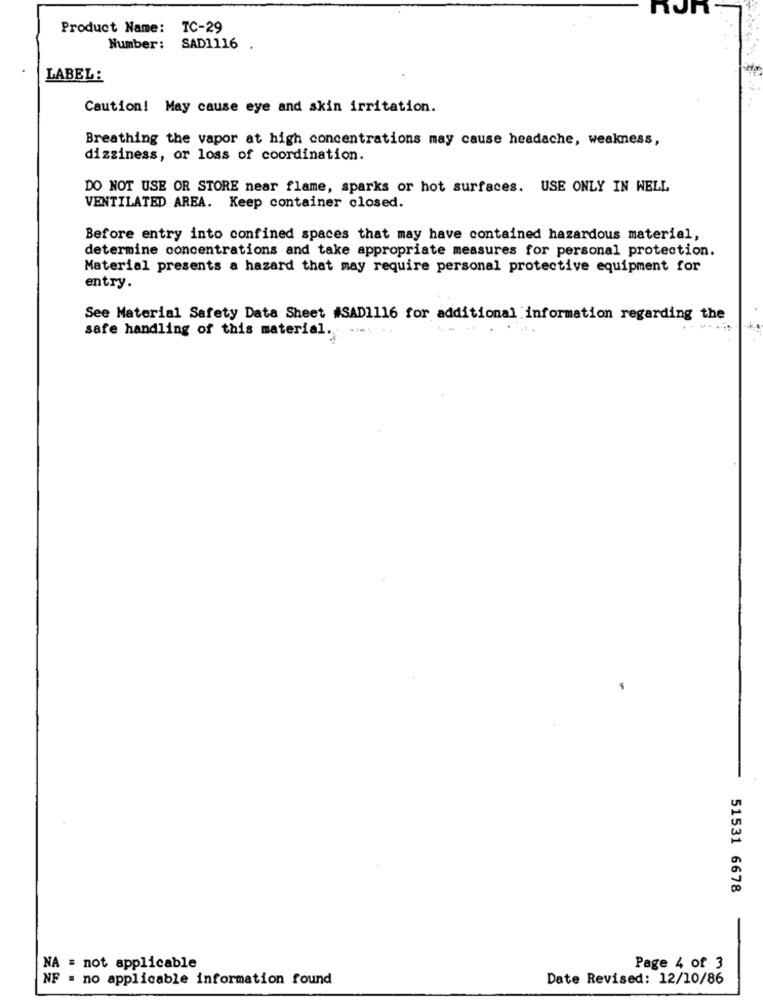
Product Name: TC-29
Number:
SAD1116 .
LABEL:
Caution! May cause eye and skin irritation.
Breathing the vapor at high concentrations may cause headache, weakness,
dizziness, or loss of coordination.
DO NOT USE OR STORE near flame, sparks or hot surfaces. USE ONLY IN WELL
VENTILATED AREA. Keep container closed.
Before entry into confined spaces that may have contained hazardous material,
determine concentrations and take appropriate measures for personal protection.
Material presents a hazard that may require personal protective equipment for
entry.
See Material Safety Data Sheet #SAD1116 for additional information regarding the
safe handling of this material. .... ..
51531 6678
NA = not applicable
Page 4 of 3
NF = no applicable information found
Date Revised: 12/10/86